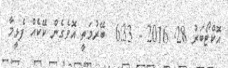
އޮކްޓޯބަރު 28